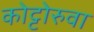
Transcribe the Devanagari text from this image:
कोट्टोरुवा